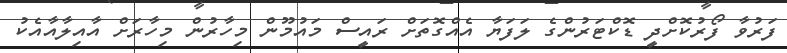
ފަރުވާ ފޯރުކޮށްދީ ޑޮކްޓަރުންގެ ލަފަޔާ އެއްގޮތަށް ރައީސް މައުމޫން މިހާރުން މިހާރަށް އާއިލާއާއެކު